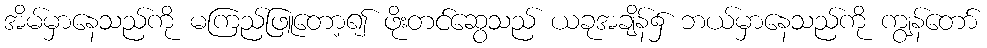
အိမ်မှာနေသည်ကို မကြည်ဖြူတော့၍ ဖိုးတင်ဆွေသည် ယခုအချိန်၌ ဘယ်မှာနေသည်ကို ကျွန်တော်